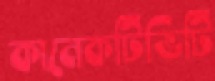
কানেকটিভিটি